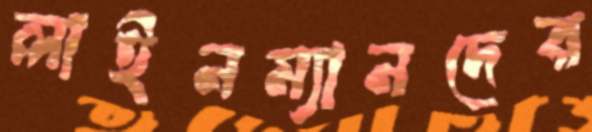
লাইনম্যানদের